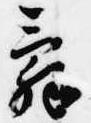
辞